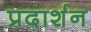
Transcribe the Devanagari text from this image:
प्रदार्शन